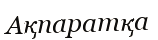
Ақпаратқа